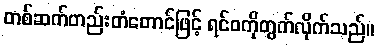
တစ်ဆက်တည်းတံတောင်ဖြင့် ရင်ဝကိုတွက်လိုက်သည်။